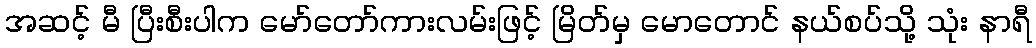
အဆင့် မီ ပြီးစီးပါက မော်တော်ကားလမ်းဖြင့် မြိတ်မှ မောတောင် နယ်စပ်သို့ သုံး နာရီ